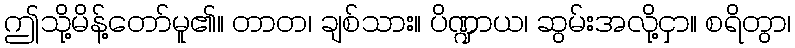
ဤသို့မိန့်တော်မူ၏။ တာတ၊ ချစ်သား။ ပိဏ္ဍာယ၊ ဆွမ်းအလို့ငှာ။ စရိတွာ၊